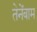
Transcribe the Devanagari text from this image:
तेनेंबाम